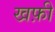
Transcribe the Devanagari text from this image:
खफ़ी